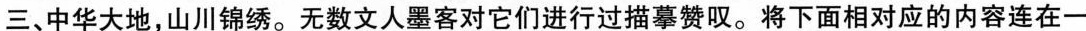
三、中华大地，山川锦绣。无数文人墨客对它们进行过描摹赞叹。将下面相对应的内容连在一